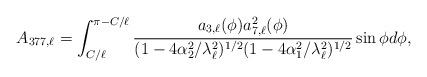
LaTeX: \begin{align*}A_{377,\ell}&= \int_{C/\ell}^{\pi -C/\ell} \frac{ a_{3,\ell}(\phi) a^2_{7,\ell}(\phi)}{ (1-4 \alpha_2^2/\lambda_{\ell}^2)^{1/2} (1-4 \alpha_1^2/\lambda_{\ell}^2)^{1/2} } \sin \phi d \phi,\end{align*}